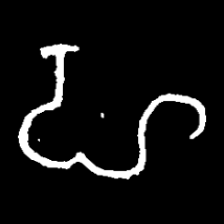
Pyu character \u2014 Myanmar letter: ဟ (romanized: ha)